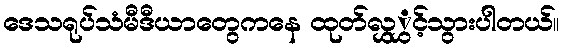
ဒေသရုပ်သံမီဒီယာတွေကနေ ထုတ်လွှွှင့်သွားပါတယ်။